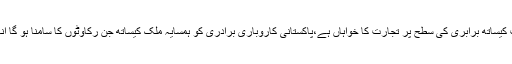
انہوں نے مزید کہا کہ پاکستان بھارت کیساتھ برابری کی سطح پر تجارت کا خواہاں ہے،پاکستانی کاروباری برادری کو ہمسایہ ملک کیساتھ جن رکاوٹوں کا سامنا ہو گا انہیں دور کرنے کی کوشش کریں گے۔